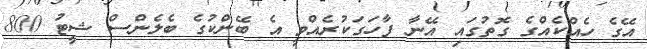
އޭގެ ހެއްކެއްގެ ގޮތުގައި އޭނާ ފާހަގަކުރެއްވީ އެ ބޭންކުގެ ބެލެންސް ޝީޓު 800